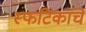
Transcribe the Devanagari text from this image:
स्फटिकांचे